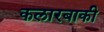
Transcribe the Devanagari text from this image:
कलारबाकी